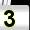
Digit: 3